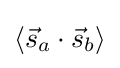
\langle {\vec {s}}_{a}\cdot {\vec {s}}_{b}\rangle